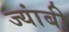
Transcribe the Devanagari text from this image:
ज्यांबी